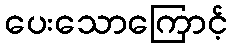
ပေးသောကြောင့်